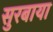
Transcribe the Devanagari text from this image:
सुरबाया